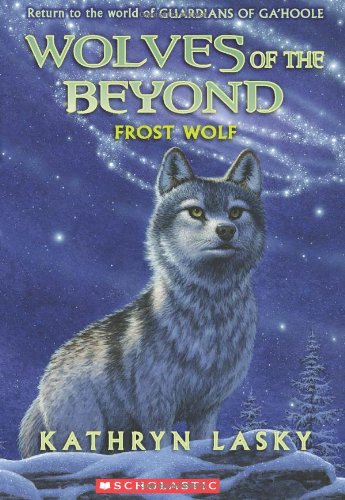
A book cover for Wolves of the Beyond #4: Frost Wolf; Kathryn Lasky; Children's Books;